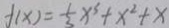
f ( x ) = \frac { 1 } { 3 } x ^ { 3 } + x ^ { 2 } + x